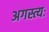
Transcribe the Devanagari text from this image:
अगस्त्यः